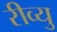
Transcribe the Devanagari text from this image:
रीव्यु